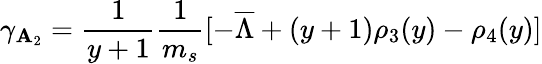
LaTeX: \gamma_{\mathbf{A}_{2}}={\frac{{1}}{{y+1}}}{\frac{{1}}{{m_{s}}}}[-\overline{{{\Lambda}}}+(y+1)\rho_{3}(y)-\rho_{4}(y)]